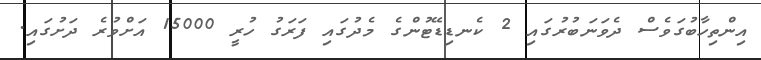
އިންތިހާބުގަވެސް ދެވަނަބުރުގައި 2 ކެނޑިޑޭޓުންގެ މެދުގައި ފަރަގު ހުރީ 15000 އަށްވުރެ ދަށުގައި.